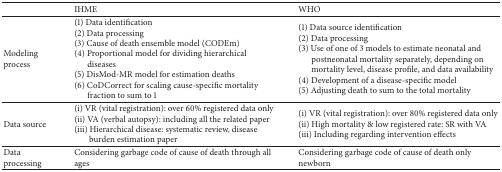
|  | IHME | WHO |
 | --- | --- | --- |
 | Modelingprocess | (1) Data identification(2) Data processing(3) Cause of death ensemble model (CODEm) (4) Proportional model for dividing hierarchical diseases(5) DisMod-MR model for estimation deaths(6) CoDCorrect for scaling cause-specific mortality fraction to sum to 1 | (1) Data source identification(2) Data processing(3) Use of one of 3 models to estimate neonatal and postneonatal mortality separately, depending on mortality level, disease profile, and data availability(4) Development of a disease-specific model (5) Adjusting death to sum to the total mortality |
 | Data source | (i) VR (vital registration): over 60% registered data only(ii) VA (verbal autopsy): including all the related paper(iii) Hierarchical disease: systematic review, disease burden estimation paper | (i) VR (vital registration): over 80% registered data only(ii) High mortality & low registered rate: SR with VA(iii) Including regarding intervention effects |
 | Data processing | Considering garbage code of cause of death through all ages | Considering garbage code of cause of death only newborn |